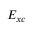
E _ { x c }